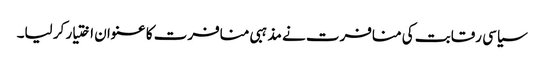
سیاسی رقابت کی منافرت نے مذہبی منافرت کا عنوان اختیار کر لیا۔